Indian journal of veterinary science and animal husbandry - Volumes 24-25, 1954-1955
Year: 1954
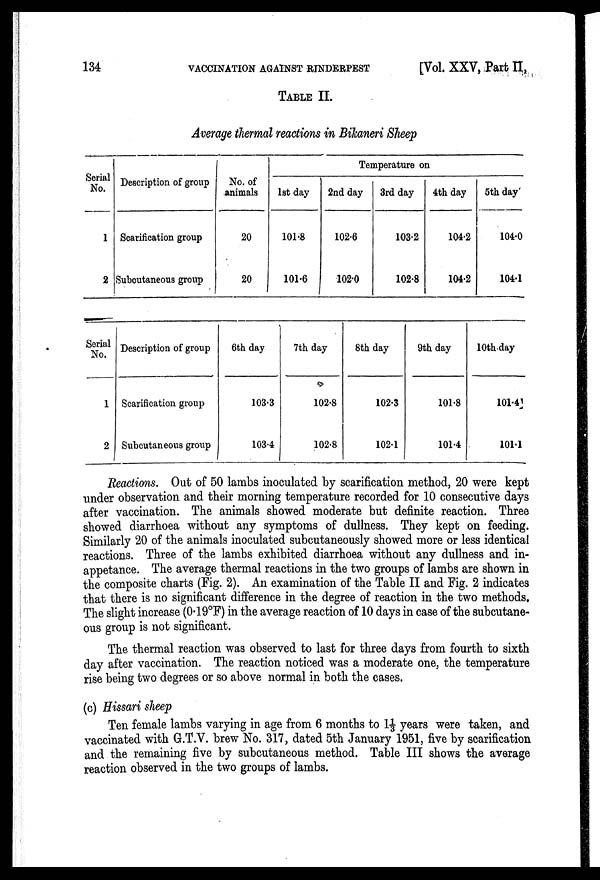
134
VACCINATION AGAINST RINDERPEST
[Vol. XXV, Part II,
TABLE II.
Average thermal reactions in Bikaneri Sheep
Serial
No.
1
2
Description of group
Scarification group
Subcutaneous group
No. of
animals
20
20
Temperature on
1st day
101.8
101.6
2nd day
102.6
102.0
3rd day
103.2
102.8
4th day
104.2
104.2
5th day
104.0
104.1
Serial
No.
1
2
Description of group
Scarification group
Subcutaneous group
6th day
103.3
103.4
7th day
102.8
102.8
8th day
102.3
102.1
9th day
101.8
101.4
10th day
101.4
101.1
Reactions. Out of 50 lambs inoculated by scarification method, 20 were kept
under observation and their morning temperature recorded for 10 consecutive days
after vaccination. The animals showed moderate but definite reaction. Three
showed diarrhoea without any symptoms of dullness. They kept on feeding.
Similarly 20 of the animals inoculated subcutaneously showed more or less identical
reactions. Three of the lambs exhibited diarrhoea without any dullness and in-
appetance. The average thermal reactions in the two groups of lambs are shown in
the composite charts (Fig. 2). An examination of the Table II and Fig. 2 indicates
that there is no significant difference in the degree of reaction in the two methods.
The slight increase (0.19°F) in the average reaction of 10 days in case of the subcutane
ous group is not significant.
The thermal reaction was observed to last for three days from fourth to sixth
day after vaccination. The reaction noticed was a moderate one, the temperature
rise being two degrees or so above normal in both the cases.
(c) Hissari sheep
Ten female lambs varying in age from 6 months to 1⅓ years were taken, and
vaccinated with G.T.V. brew No. 317, dated 5th January 1951, five by scarification
and the remaining five by subcutaneous method. Table III shows the average
reaction observed in the two groups of lambs.